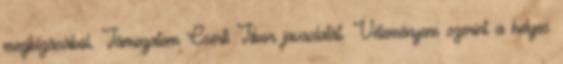
megbízásából. Támogatom Cserti Tibor javaslatát. Véleményem szerint a helyes